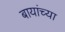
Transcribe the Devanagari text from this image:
बायांच्या